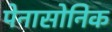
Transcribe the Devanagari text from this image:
पेनासोनिक